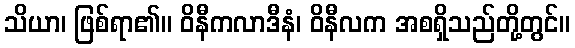
သိယာ၊ ဖြစ်ရာ၏။ ဝိနီကလာဒီနံ၊ ဝိနီလက အစရှိသည်တို့တွင်။